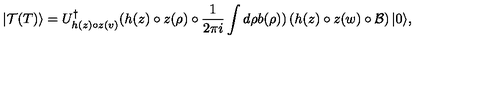
| \mathcal { T } ( T ) \rangle = U _ { h ( z ) \circ z ( v ) } ^ { \dagger } ( h ( z ) \circ z ( \rho ) \circ \frac { 1 } { 2 \pi i } \int d \rho b ( \rho ) ) \left( h ( z ) \circ z ( w ) \circ \mathcal { B } \right) | 0 \rangle ,